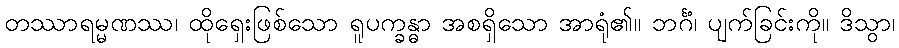
တဿာရမ္မဏဿ၊ ထိုရှေးဖြစ်သော ရူပက္ခန္ဓာ အစရှိသော အာရုံ၏။ ဘင်္ဂံ၊ ပျက်ခြင်းကို။ ဒိသွာ၊